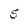
Character: 5